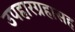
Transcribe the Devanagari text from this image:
उपहारग्रहासह